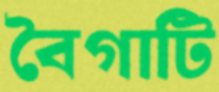
বৈগাটি